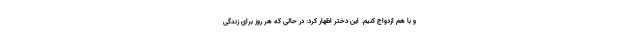
و با هم ازدواج کنیم. این دختر اظهار کرد: در حالی که هر روز برای زندگی